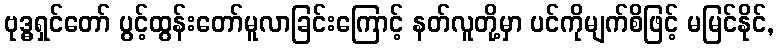
ဗုဒ္ဓရှင်တော် ပွင့်ထွန်းတော်မူလာခြင်းကြောင့် နတ်လူတို့မှာ ပင်ကိုမျက်စိဖြင့် မမြင်နိုင်,